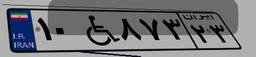
۳۷W۲۱۲۱۰